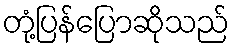
တုံ့ပြန်ပြောဆိုသည်